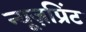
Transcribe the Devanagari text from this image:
न्यूज़प्रिंट